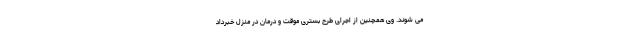
می شوند. وی همچنین از اجرای طرح بستری موقت و درمان در منزل خبرداد